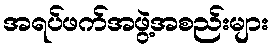
အရပ်ဖက်အဖွဲ့အစည်းများ